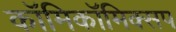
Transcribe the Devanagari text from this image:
काॅमिकॉमिक्सप